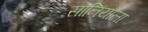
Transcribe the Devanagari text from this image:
सानियाला